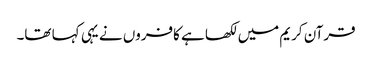
قرآن کریم میں لکھا ہے کافروں نے یہی کہا تھا۔